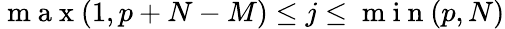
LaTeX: \mathrm{~m~a~x~}(1,p+N-M)\leq j\leq\mathrm{~m~i~n~}(p,N)